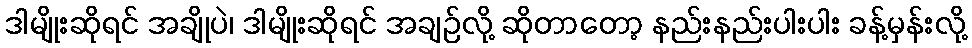
ဒါမျိုးဆိုရင် အချိုပဲ၊ ဒါမျိုးဆိုရင် အချဉ်လို့ ဆိုတာတော့ နည်းနည်းပါးပါး ခန့်မှန်းလို့